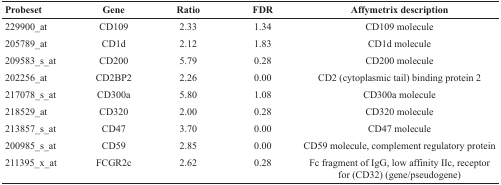
<table><thead><tr><td><b>Probeset</b></td><td><b>Gene</b></td><td><b>Ratio</b></td><td><b>FDR</b></td><td><b>Affymetrix description</b></td></tr></thead><tbody><tr><td>229900_at</td><td>CD109</td><td>2.33</td><td>1.34</td><td>CD109 molecule</td></tr><tr><td>205789_at</td><td>CD1d</td><td>2.12</td><td>1.83</td><td>CD1d molecule</td></tr><tr><td>209583_s_at</td><td>CD200</td><td>5.79</td><td>0.28</td><td>CD200 molecule</td></tr><tr><td>202256_at</td><td>CD2BP2</td><td>2.26</td><td>0.00</td><td>CD2 (cytoplasmic tail) binding protein 2</td></tr><tr><td>217078_s_at</td><td>CD300a</td><td>5.80</td><td>1.08</td><td>CD300a molecule</td></tr><tr><td>218529_at</td><td>CD320</td><td>2.00</td><td>0.28</td><td>CD320 molecule</td></tr><tr><td>213857_s_at</td><td>CD47</td><td>3.70</td><td>0.00</td><td>CD47 molecule</td></tr><tr><td>200985_s_at</td><td>CD59</td><td>2.85</td><td>0.00</td><td>CD59 molecule, complement regulatory protein</td></tr><tr><td>211395_x_at</td><td>FCGR2c</td><td>2.62</td><td>0.28</td><td>Fc fragment of IgG, low affinity IIc, receptor for (CD32) (gene/pseudogene)</td></tr></tbody></table>